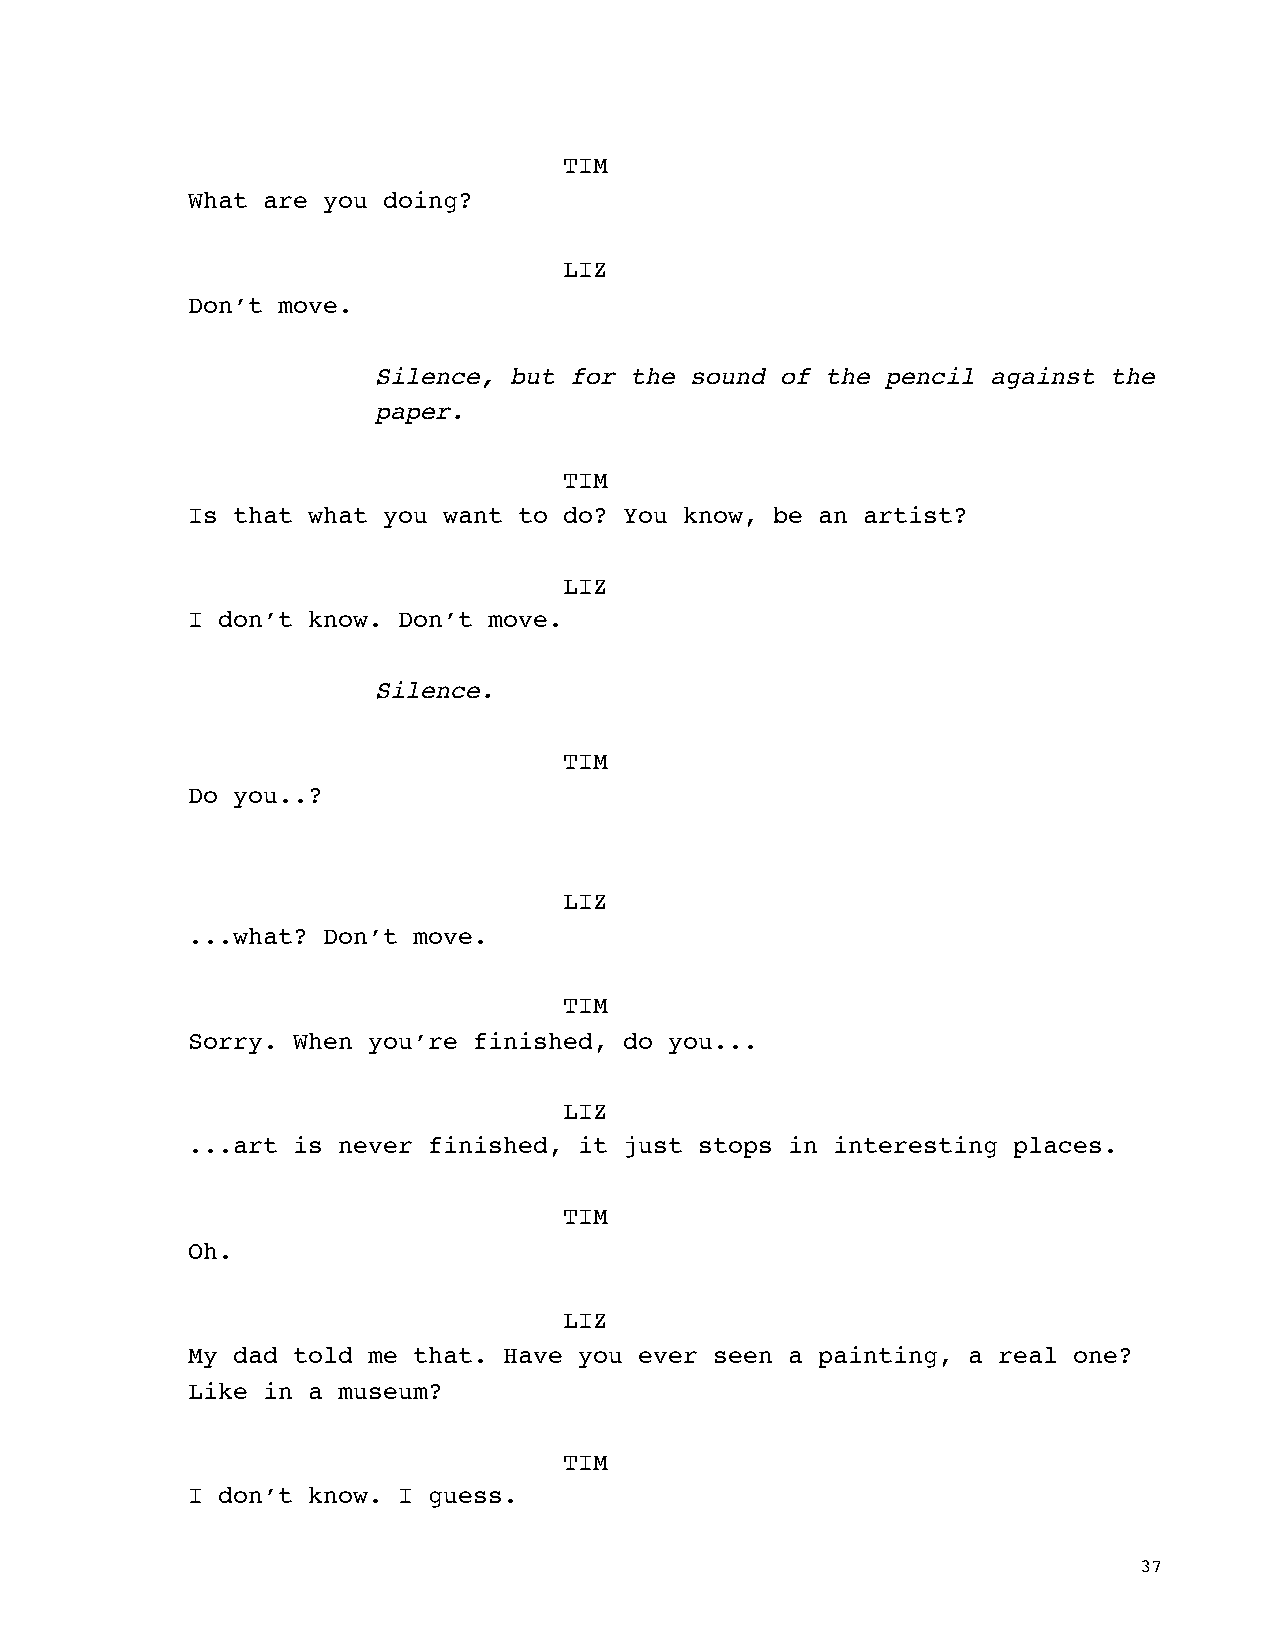
TIM
 What are you doing?
 LIZ
 Don’t move.
 Silence, but for the sound of the pencil against the
 paper.
 TIM
 Is that what you want to do? You know, be an artist?
 LIZ
 I don’t know. Don’t move.
 Silence.
 TIM
 Do you..?
 LIZ
 ...what? Don’t move.
 TIM
 Sorry. When you’re finished, do you...
 LIZ
 ...art is never finished, it just stops in interesting places.
 TIM
 Oh.
 LIZ
 My dad told me that. Have you ever seen a painting, a real one?
 Like in a museum?
 TIM
 I don’t know. I guess.
 37